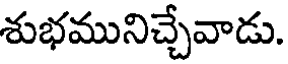
శుభమునిచ్చేవాడు.